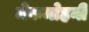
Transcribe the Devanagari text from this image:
मेकमोहनी